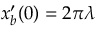
x _ { b } ^ { \prime } ( 0 ) = 2 \pi \lambda